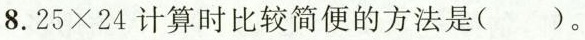
8.$$2 5 \times 2 4$$计算时比较简便的方法是( )。